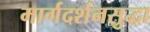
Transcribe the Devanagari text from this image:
मार्गदर्शनसुद्धा